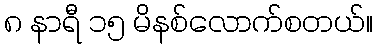
၈ နာရီ ၁၅ မိနစ်လောက်စတယ်။